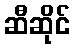
ဆီဆိုင်